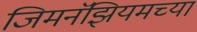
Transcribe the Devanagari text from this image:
जिमनॅझियमच्या